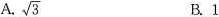
A. \sqrt{3}B.1